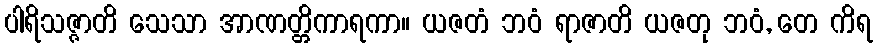
ပါရိသဇ္ဇာတိ သေသာ အာဏတ္တိကာရကာ။ ယဇတံ ဘဝံ ရာဇာတိ ယဇတု ဘဝံ, တေ ကိရ